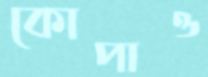
কোপাও